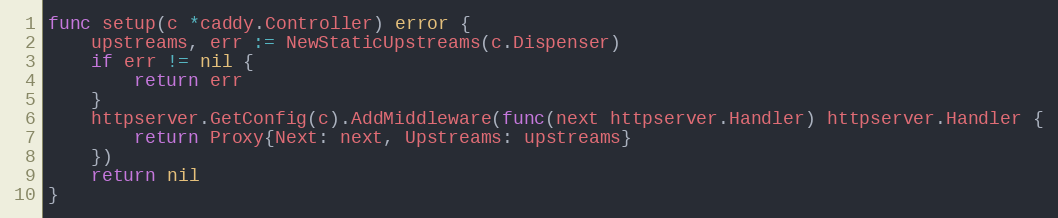
Language: Go
func setup(c *caddy.Controller) error {
	upstreams, err := NewStaticUpstreams(c.Dispenser)
	if err != nil {
		return err
	}
	httpserver.GetConfig(c).AddMiddleware(func(next httpserver.Handler) httpserver.Handler {
		return Proxy{Next: next, Upstreams: upstreams}
	})
	return nil
}